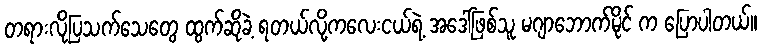
တရားလိုပြသက်သေတွေ ထွက်ဆိုခဲ့ ရတယ်လို့ကလေးငယ်ရဲ့ အဒေါ်ဖြစ်သူ မဂျာဘောက်မိုင် က ပြောပါတယ်။